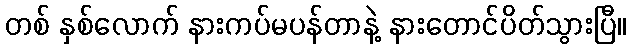
တစ် နှစ်လောက် နားကပ်မပန်တာနဲ့ နားတောင်ပိတ်သွားပြီ။